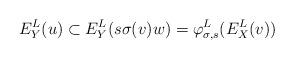
LaTeX: \begin{align*}E^L_Y(u) \subset E^L_Y(s\sigma(v)w) = \varphi^L_{\sigma, s}(E^L_X(v))\end{align*}